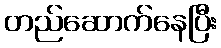
တည်ဆောက်နေပြီး